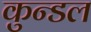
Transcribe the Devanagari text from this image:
कुन्डल